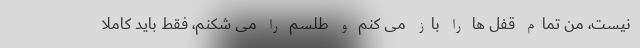
نیست، من تمام قفل ها را باز می کنم و طلسم را می شکنم، فقط باید کاملا